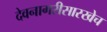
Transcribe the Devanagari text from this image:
देवनागरीसारखेच